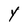
Character: y